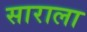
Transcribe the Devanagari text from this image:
साराला